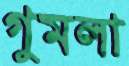
গুমলা